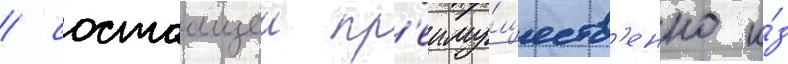
/ состоащеи пр'еиму́ществ'енно и́з